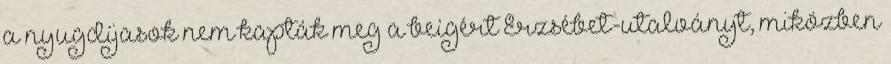
a nyugdíjasok nem kapták meg a beígért Erzsébet-utalványt, miközben